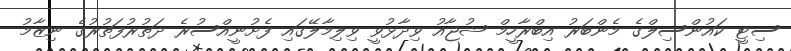
ސިޓީ ކައުންސިލްގެ މެންބަރު އިބްރާހީމް ޝުޖާއު ވިދާޅުވީ ވިލިމާލޭގައި ފެށުނީއްސުރެ ދަތުރުފަތުރުގެ ނިޒާމު